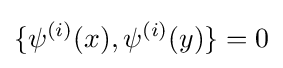
\{\psi ^{(i)}(x),\psi ^{(i)}(y)\}=0